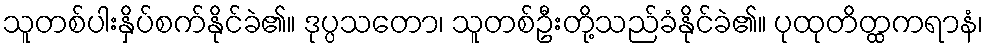
သူတစ်ပါးနှိပ်စက်နိုင်ခဲ၏။ ဒုပ္ပသတော၊ သူတစ်ဦးတို့သည်ခံနိုင်ခဲ၏။ ပုထုတိတ္ထကရာနံ၊